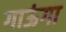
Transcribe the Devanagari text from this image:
गाऊंगा